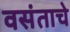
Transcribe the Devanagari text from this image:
वसंताचे